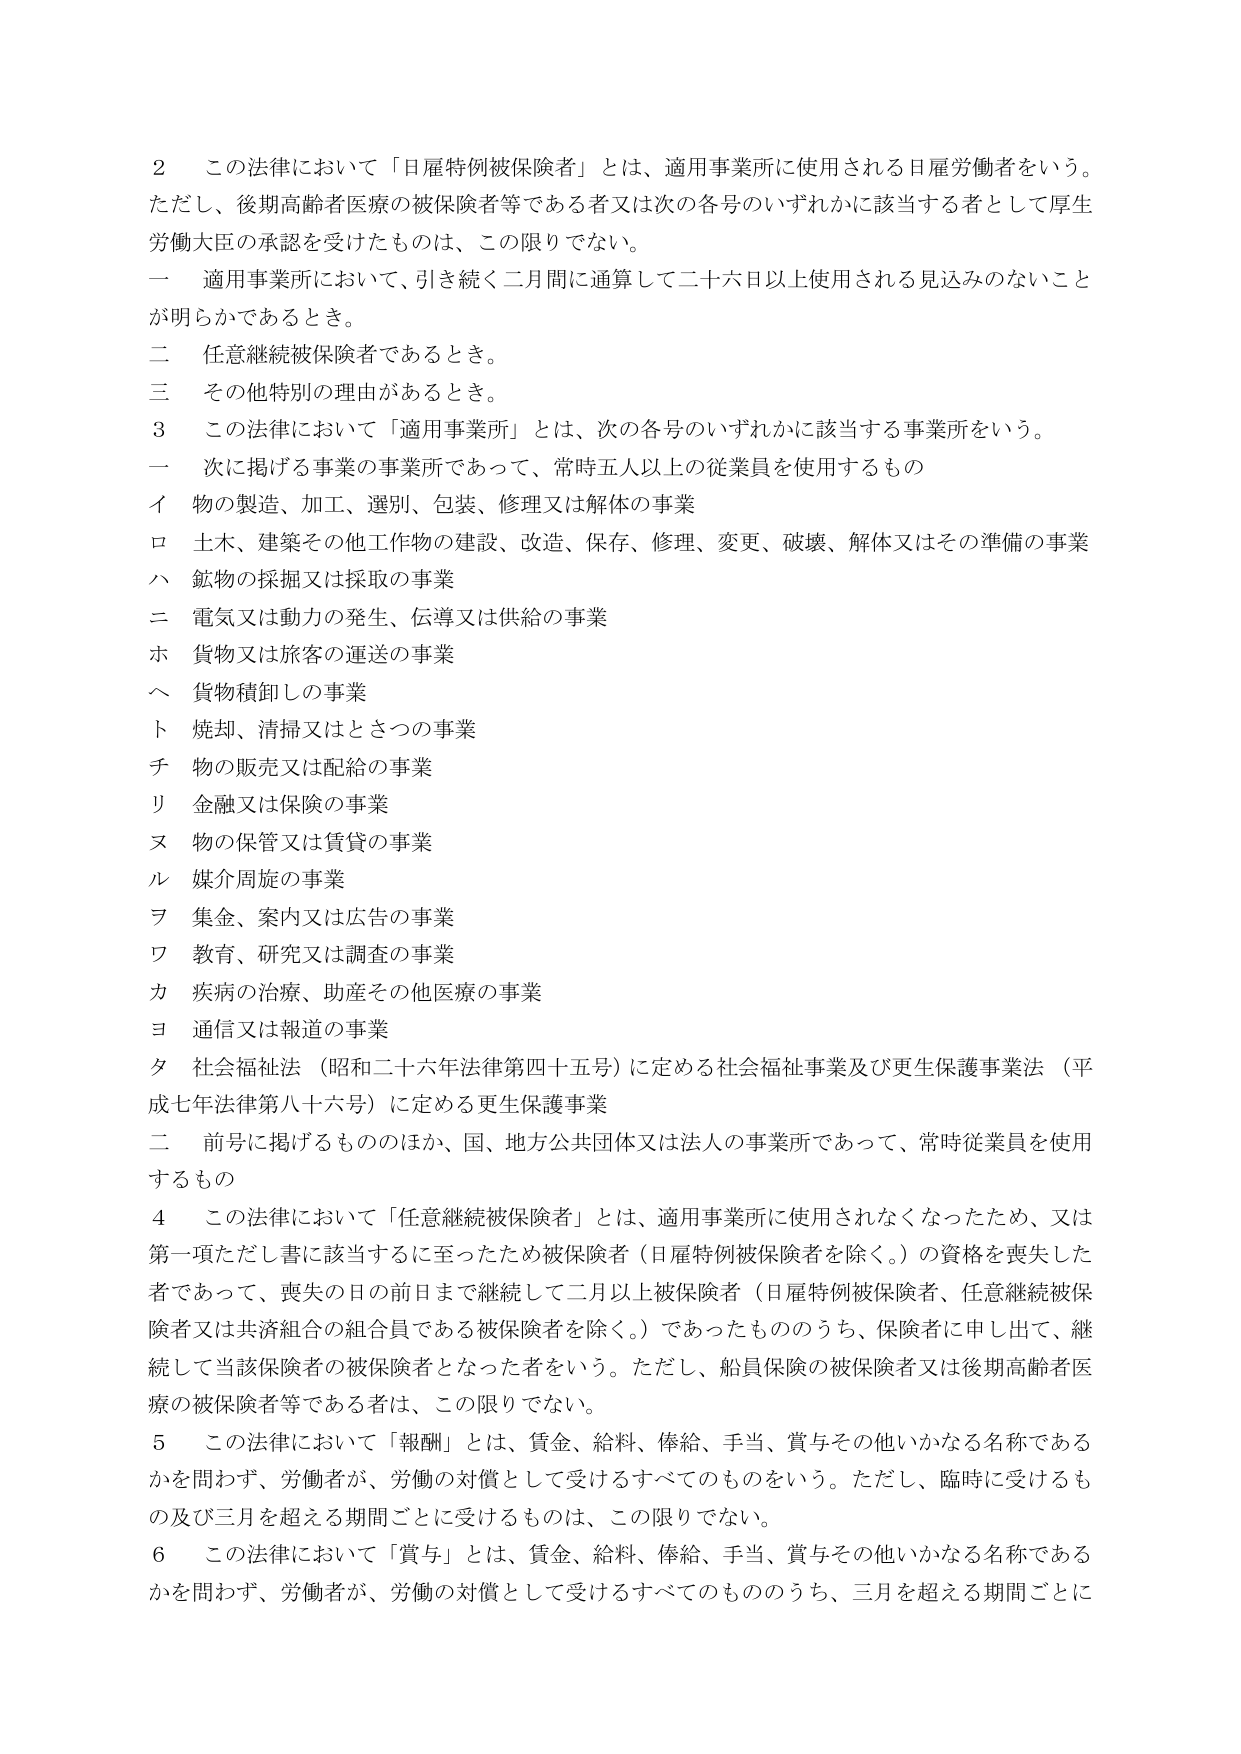
2 この法律において「日雇特例被保険者」とは、適用事業所に使用される日雇労働者をいう。ただし、後期高齢者医療の被保険者等である者又は次の各号のいずれかに該当する者として厚生労働大臣の承認を受けたものは、この限りでない。

一 適用事業所において、引き続く二月間に通算して二十六日以上使用される見込みのないことが明らかであるとき。

二 任意継続被保険者であるとき。

三 その他特別の理由があるとき。

3 この法律において「適用事業所」とは、次の各号のいずれかに該当する事業所をいう。

一 次に掲げる事業の事業所であって、常時五人以上の従業員を使用するもの

イ 物の製造、加工、選別、包装、修理又は解体の事業

ロ 土木、建築その他工作物の建設、改造、保存、修理、変更、破壊、解体又はその準備の事業

ハ 鉱物の採掘又は採取の事業

ニ 電気又は動力の発生、伝導又は供給の事業

ホ 貨物又は旅客の運送の事業

ヘ 貨物積卸しの事業

ト 焼却、清掃又はとさつの事業

チ 物の販売又は配給の事業

リ 金融又は保険の事業

ヌ 物の保管又は賃貸の事業

ル 媒介周旋の事業

ヲ 集金、案内又は広告の事業

ワ 教育、研究又は調査の事業

カ 疾病の治療、助産その他医療の事業

ヨ 通信又は報道の事業

タ 社会福祉法（昭和二十六年法律第四十五号）に定める社会福祉事業及び更生保護事業法（平成七年法律第八十六号）に定める更生保護事業

二 前号に掲げるもののほか、国、地方公共団体又は法人の事業所であって、常時従業員を使用するもの

4 この法律において「任意継続被保険者」とは、適用事業所に使用されなくなったため、又は第一項ただし書に該当するに至ったため被保険者（日雇特例被保険者を除く。）の資格を喪失した者であって、喪失の日の前日まで継続して二月以上被保険者（日雇特例被保険者、任意継続被保険者又は共済組合の組合員である被保険者を除く。）であったもののうち、保険者に申し出て、継続して当該保険者の被保険者となった者をいう。ただし、船員保険の被保険者又は後期高齢者医療の被保険者等である者は、この限りでない。

5 この法律において「報酬」とは、賃金、給料、俸給、手当、賞与その他いかなる名称であるかを問わず、労働者が、労働の対償として受けるすべてのものをいう。ただし、臨時に受けるもの及び三月を超える期間ごとに受けるものは、この限りでない。

6 この法律において「賞与」とは、賃金、給料、俸給、手当、賞与その他いかなる名称であるかを問わず、労働者が、労働の対償として受けるすべてのもののうち、三月を超える期間ごとに